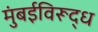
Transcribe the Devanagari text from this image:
मुंबईविरूद्ध